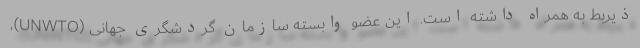
ذیربط به همراه داشته است. این عضو وابسته سازمان گردشگری جهانی (UNWTO)،